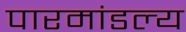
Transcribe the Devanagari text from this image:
पारमांडल्य